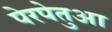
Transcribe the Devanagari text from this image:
पेरपेतुआ